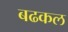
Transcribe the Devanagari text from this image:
बढकल